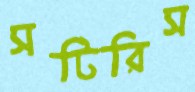
সটিরিস